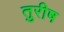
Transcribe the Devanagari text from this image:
तुरीष